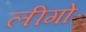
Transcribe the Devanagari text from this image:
लीगो